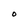
Character: O